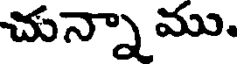
చున్నా ము.